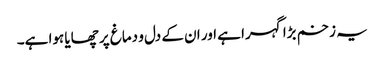
یہ زخم بڑا گہرا ہے اور ان کے دل و دماغ پر چھایا ہوا ہے۔